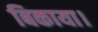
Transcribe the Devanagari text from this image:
बिकाया।